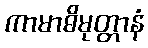
ကာမာဓိမုတ္တာနံ